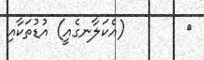
٥        (އެކަލާނގެއީ) އުޑުތަކާއި